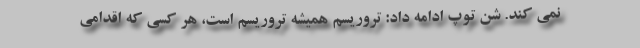
نمی کند. شن توپ ادامه داد: تروریسم همیشه تروریسم است، هر کسی که اقدامی